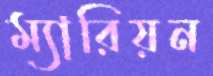
ম্যারিয়ন